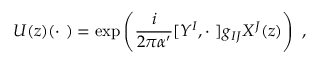
U ( z ) ( \cdot \ ) = \exp \left( \frac { i } { 2 \pi \alpha ^ { \prime } } [ Y ^ { I } , \cdot \ ] g _ { I J } X ^ { J } ( z ) \right) \ ,